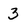
Character: 3